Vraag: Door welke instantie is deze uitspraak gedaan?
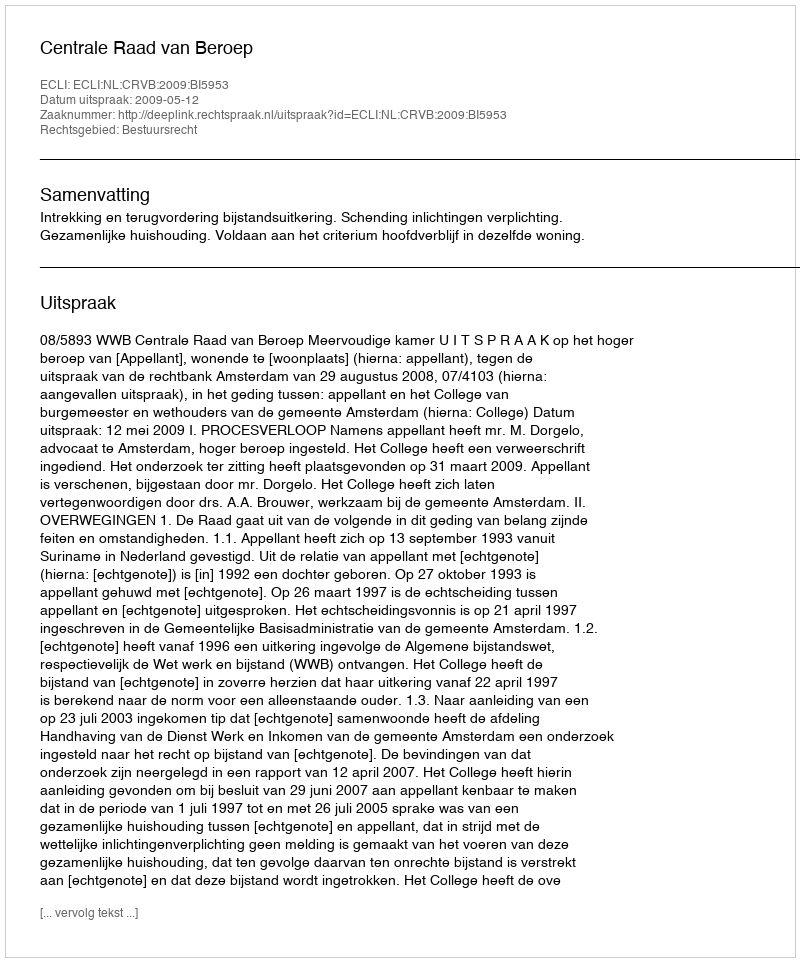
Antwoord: Centrale Raad van Beroep